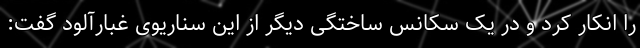
را انکار کرد و در یک سکانس ساختگی دیگر از این سناریوی غبارآلود گفت: